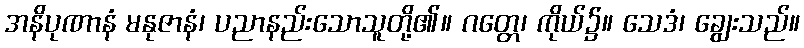
အနိပုဏာနံ မနုဇာနံ၊ ပညာနည်းသောသူတို့၏။ ဂတ္တေ၊ ကိုယ်၌။ သေဒံ၊ ချွေးသည်။